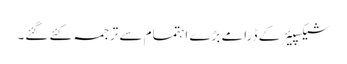
شیکسپیئر کے ڈرامے بڑے اہتمام سے ترجمہ کئے گئے۔